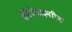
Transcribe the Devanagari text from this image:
हेटेरोडाइमरिक